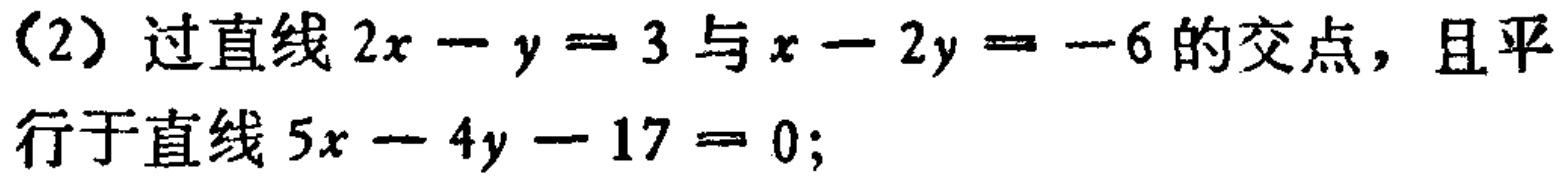
(2) 过直线 \(2x - y = 3\) 与 \(x - 2y = -6\) 的交点，且平行于直线 \(5x - 4y - 17 = 0\);